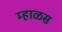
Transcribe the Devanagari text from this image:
म्हाळस